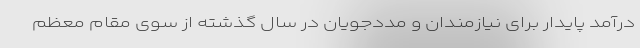
درآمد پایدار برای نیازمندان و مددجویان در سال گذشته از سوی مقام معظم